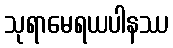
သုရာမေရယပါနဿ